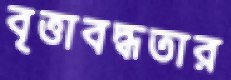
বৃত্তাবদ্ধতার